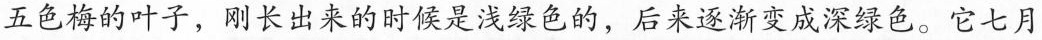
五色梅的叶子，刚长出来的时候是浅绿色的，后来逐渐变成深绿色。它七月